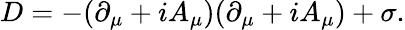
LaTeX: D=-(\partial_{\mu}+iA_{\mu})(\partial_{\mu}+iA_{\mu})+\sigma.